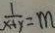
\frac { 1 } { x + y } = m